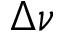
\Delta \nu